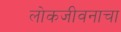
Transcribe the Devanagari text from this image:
लोकजीवनाचा